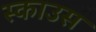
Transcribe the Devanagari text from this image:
स्काउस